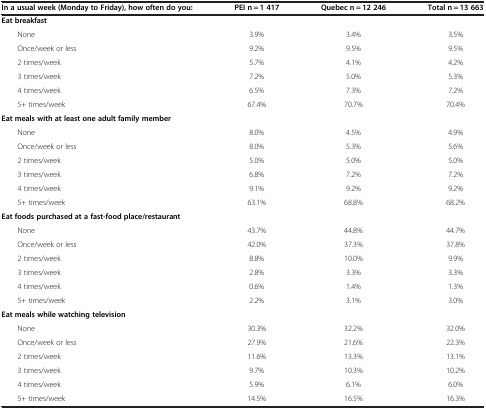
| In a usual week (Monday to Friday), how often do you: | PEI n = 1 417 | Quebec n = 12 246 | Total n = 13 663 |
 | --- | --- | --- | --- |
 | Eat breakfast |  |  |  |
 | None | 3.9% | 3.4% | 3.5% |
 | Once/week or less | 9.2% | 9.5% | 9.5% |
 | 2 times/week | 5.7% | 4.1% | 4.2% |
 | 3 times/week | 7.2% | 5.0% | 5.3% |
 | 4 times/week | 6.5% | 7.3% | 7.2% |
 | 5+ times/week | 67.4% | 70.7% | 70.4% |
 | Eat meals with at least one adult family member |  |  |  |
 | None | 8.0% | 4.5% | 4.9% |
 | Once/week or less | 8.0% | 5.3% | 5.6% |
 | 2 times/week | 5.0% | 5.0% | 5.0% |
 | 3 times/week | 6.8% | 7.2% | 7.2% |
 | 4 times/week | 9.1% | 9.2% | 9.2% |
 | 5+ times/week | 63.1% | 68.8% | 68.2% |
 | Eat foods purchased at a fast-food place/restaurant |  |  |  |
 | None | 43.7% | 44.8% | 44.7% |
 | Once/week or less | 42.0% | 37.3% | 37.8% |
 | 2 times/week | 8.8% | 10.0% | 9.9% |
 | 3 times/week | 2.8% | 3.3% | 3.3% |
 | 4 times/week | 0.6% | 1.4% | 1.3% |
 | 5+ times/week | 2.2% | 3.1% | 3.0% |
 | Eat meals while watching television |  |  |  |
 | None | 30.3% | 32.2% | 32.0% |
 | Once/week or less | 27.9% | 21.6% | 22.3% |
 | 2 times/week | 11.6% | 13.3% | 13.1% |
 | 3 times/week | 9.7% | 10.3% | 10.2% |
 | 4 times/week | 5.9% | 6.1% | 6.0% |
 | 5+ times/week | 14.5% | 16.5% | 16.3% |